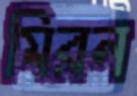
মিরন